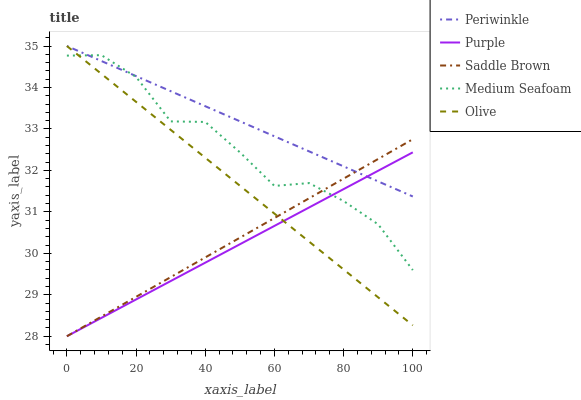
| xaxis_label | Periwinkle | Purple | Saddle Brown | Medium Seafoam | Olive |
 | --- | --- | --- | --- | --- | --- |
 | 0 | 35 | 28 | 28 | 34.8 | 35 |
 | 10 | 34.6 | 28.4 | 28.5 | 34.8 | 34.3 |
 | 20 | 34.3 | 28.9 | 29 | 34.3 | 33.7 |
 | 30 | 33.9 | 29.3 | 29.4 | 33.2 | 33 |
 | 40 | 33.5 | 29.8 | 29.9 | 33.2 | 32.3 |
 | 50 | 33.2 | 30.2 | 30.4 | 32.4 | 31.6 |
 | 60 | 32.8 | 30.7 | 30.9 | 31.6 | 31 |
 | 70 | 32.5 | 31.1 | 31.3 | 31.7 | 30.3 |
 | 80 | 32.1 | 31.5 | 31.8 | 31.3 | 29.6 |
 | 90 | 31.7 | 32 | 32.3 | 30.7 | 28.9 |
 | 100 | 31.4 | 32.4 | 32.8 | 29.6 | 28.3 |